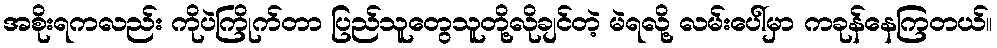
အစိုးရကလည်း ကိုပဲကြိုက်တာ ပြည်သူတွေသူတို့လိုချင်တဲ့ မဲရလို့ လမ်းပေါ်မှာ ကခုန်နေကြတယ်။